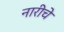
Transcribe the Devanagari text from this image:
नारीचे